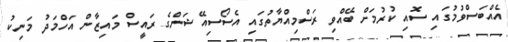
އެއްބަސްވުމުގައި ސޮއި ކުރުމަށް ބޭއްވި ރަސްމިއްޔާތުގައި އެސޯސިއޭޝަންގެ ރައީސް މައިޒާން އަހްމަދު މަނިކު